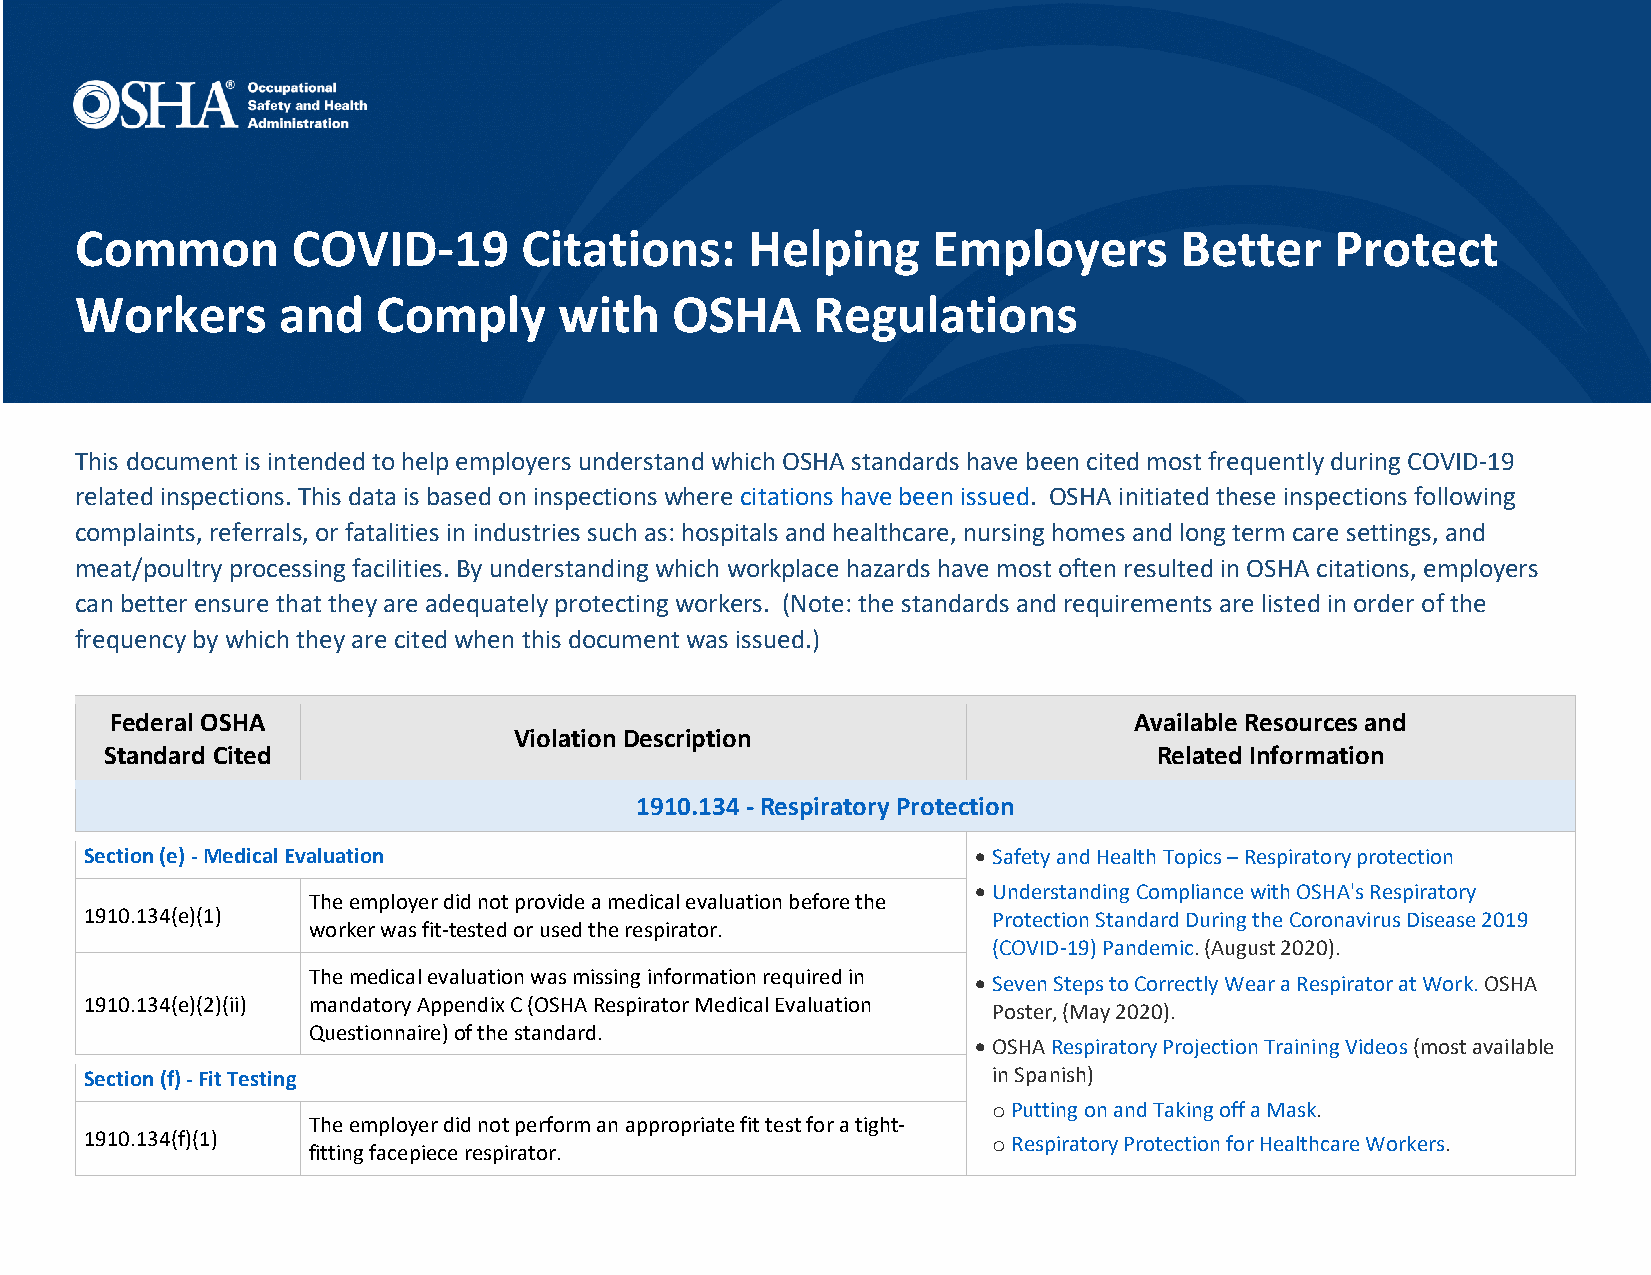
Common        COVID-19       Citations:     Helping      Employers       Better    Protect
 Workers      and    Comply      with   OSHA      Regulations
 This document is intended to help employers understand which OSHA standards have been cited most frequently during COVID-19
 related inspections. This data is based on inspections where citations have been issued. OSHA initiated these inspections following
 complaints, referrals, or fatalities in industries such as: hospitals and healthcare, nursing homes and long term care settings, and
 meat/poultry processing facilities. By understanding which workplace hazards have most often resulted in OSHA citations, employers
 can better ensure that they are adequately protecting workers. (Note: the standards and requirements are listed in order of the
 frequency by which they are cited when this document was issued.)
 Federal OSHA                                                        Available Resources and
 Violation Description
 Standard Cited                                                        Related Information
 1910.134 - Respiratory Protection
 Section (e) - Medical Evaluation                           • Safety and Health Topics – Respiratory protection
 • Understanding Compliance with OSHA's Respiratory
 The employer did not provide a medical evaluation before the
 1910.134(e)(1)                                              Protection Standard During the Coronavirus Disease 2019
 worker was fit-tested or used the respirator.
 (COVID-19) Pandemic. (August 2020).
 The medical evaluation was missing information required in • Seven Steps to Correctly Wear a Respirator at Work. OSHA
 1910.134(e)(2)(ii) mandatory Appendix C (OSHA Respirator Medical Evaluation
 Poster, (May 2020).
 Questionnaire) of the standard.
 • OSHA Respiratory Projection Training Videos (most available
 Section (f) - Fit Testing                                   in Spanish)
 Putting on and Taking off a Mask.
 o
 The employer did not perform an appropriate fit test for a tight-
 1910.134(f)(1)                                               Respiratory Protection for Healthcare Workers.
 fitting facepiece respirator.                 o